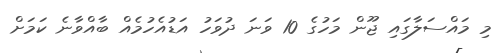
މި މައްސަލާގައި ޖޫން މަހުގެ 10 ވަނަ ދުވަހު އަޑުއެހުމެއް ބާއްވާނެ ކަމަށް